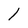
Character: l